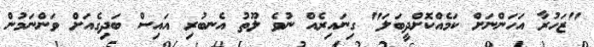
"ޒަހުރާ އަހަންނަށް ކަމެއްކޮށްދީބަލަ" ގިނައިރެއް ނުވެ ލޫތު އެނބުރި އައިސް ބަދިގެއަށް ވަންނަމުން